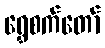
ရွှေစက်တော်